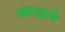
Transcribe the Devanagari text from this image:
लंगड़ाने